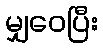
မျှဝေပြီး